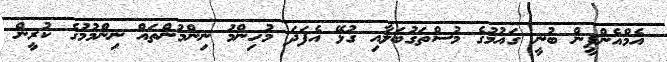
އެމްއެންޕީން ބުނީ ގައުމުގެ މުސްތަގުބަލާއި ގުޅޭ އެފަދަ މުހިންމު ނިންމުންތައް ނިންމުމުގެ ކުރީން